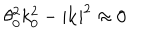
\theta _ { 0 } ^ { 2 } k _ { 0 } ^ { 2 } - | \mathbf { k } | ^ { 2 } \approx 0